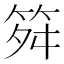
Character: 𥬫